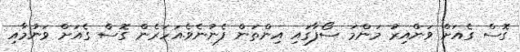
ގޮސް ގެއަށް ވަންއިރު މަންމަ ސޯފާގައި އިންތަން ފެނުނެވެ.އަހަރެން ގޮސް ގެއަށް ވަނުމާއި